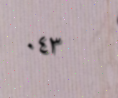
٠٤٣